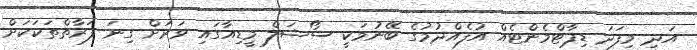
އަދި މިފަދަ ޑިޕާޓްމެންޓެއް އުފެއްދުމުގެ ބޭނުމަކީ ސޯޝަލް މީޑިއާގައި ވަރަށް ގިނަ ފަރާތްތަކަކަށް